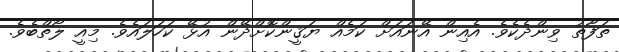
ތަފާތު ވިންދެކެވެ. އެއިން އޭނައަށް ކަމެއް ޔަޤީންކޮށްދޭން އުޅޭ ކަހަލައެވެ. މިއީ ލޯތްބެވެ.